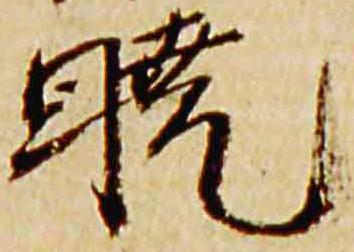
暁